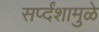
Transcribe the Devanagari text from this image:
सर्प्दंशामुळे